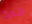
هكذا